Annual administration report of the Civil Veterinary Department of India - 1894-1895
Year: 1894
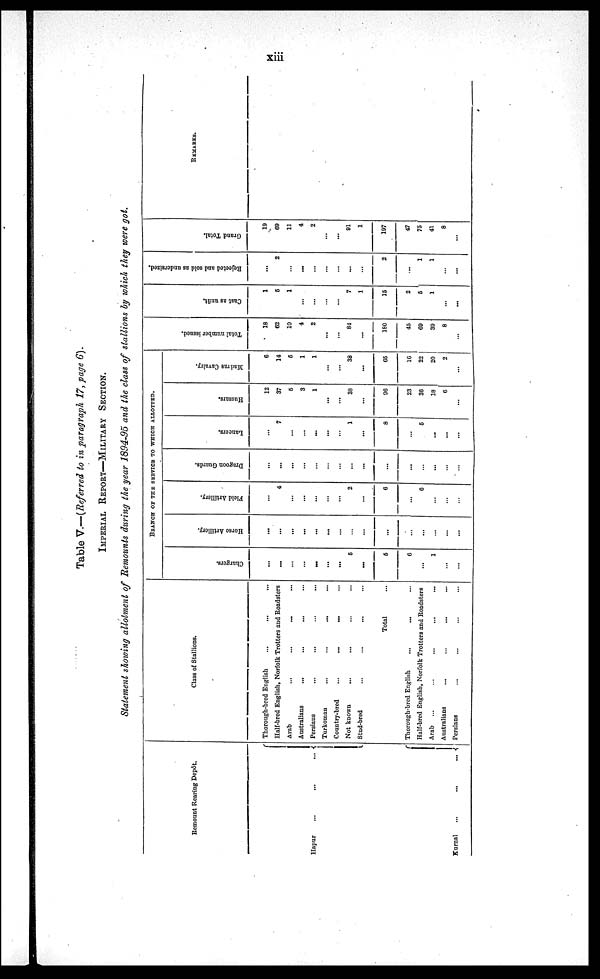
xiii
Table V.—(Referred to in paragraph 17, page 6).
IMPERIAL REPORT-MILITARY SECTION.
Statement showing allotment of Remounts during the year 1894-95 and the class of stallions by which they were got.
Remount Rearing Depôt.
Hapur
...
...
...
Class of Stallions
Thorough-bred English … … …
Half-bred English, Norfolk Trotters and Roadsters
Arab ... ... ... ...
Australians ... ... ... ...
Persians ... ... ... ...
Turkoman ... ... ... ...
Country-bred ... ... ... ...
Not known ... ... ... ...
Stud-bred ... ... ... ...
Total ...
Kurnal
...
...
...
Thorough-bred English ... ... ...
Half-bred English, Norfolk Trotters and Roadsters
Arab ... ... ... ... ...
Australians ... ... ... ...
Persians ... ... ... ...
BRANCH OF THE SERVICE TO WHICH ALLOTTED.
Chargers.
…
...
...
...
...
...
...
6
...
6
6
...
1
…
...
Horse Artillery.
…
...
...
…
...
...
…
…
...
...
…
...
…
…
...
Field Artillery.
…
4
...
...
...
...
...
2
…
6
…
6
...
…
...
Dragoon Guards.
…
...
...
...
…
…
…
...
...
...
…
...
...
…
…
Lancers.
…
7
...
...
...
...
...
1
...
8
…
6
...
…
...
Hussars.
12
37
6
3
1
...
...
38
…
96
23
36
18
6
…
Madras Cavalry.
6
14
6
1
1
…
38
...
65
16
22
20
2
…
Tot al number i ssued.
18
62
10
4
2
...
84
...
160
45
60
30
8
…
Cast as unfit.
1
6
1
...
…
...
7
1
15
2
6
1
…
...
Rejected and sold as undersized.
…
2
...
...
...
…
...
...
…
2
...
1
1
…
...
Grand Total.
19
69
11
4
2
...
...
01
1
197
47
75
41
8
...
REMARKS.